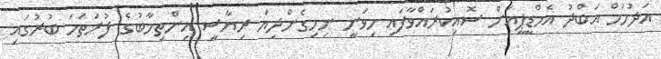
އަދުހަމް އަބްދު އެމްޑީޕީއަށް ސޮއިކުރައްވާފައި މިވަނީ ނިމިގެންދިޔަ ރިޔާސީ އިންތިހާބުގެ ފުރަތަމަ ބުރުގައި